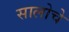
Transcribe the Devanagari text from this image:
सालोचे